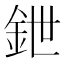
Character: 鉪